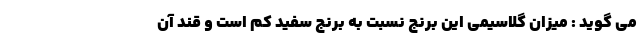
می گوید : میزان گلاسیمی این برنج نسبت به برنج سفید کم است و قند آن